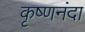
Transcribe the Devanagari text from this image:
कृष्णनंदा